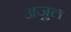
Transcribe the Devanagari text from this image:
अजु़ल